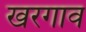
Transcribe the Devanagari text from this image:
खरगाव